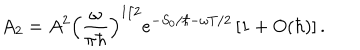
LaTeX: { A _ { 2 } } = { A ^ { 2 } } { { \left( { \frac { \omega } { \pi \hbar } } \right) } ^ { 1 / 2 } } { e ^ { - { S _ { 0 } } / \hbar - \omega T / 2 } } \left[ 1 + O ( \hbar ) \right] .